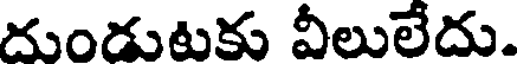
దుండుటకు వీలులేదు.